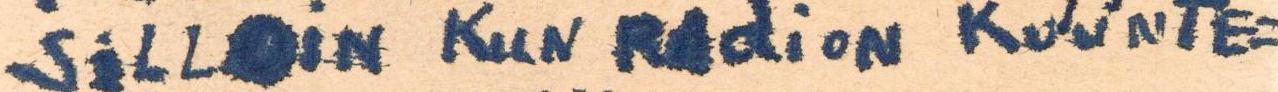
SiLLOiN KuN RAdioN KUUNTE=